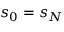
s _ { 0 } = s _ { N }